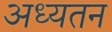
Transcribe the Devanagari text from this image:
अध्यतन